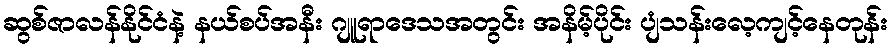
ဆွစ်ဇာလန်နိုင်ငံနဲ့ နယ်စပ်အနီး ဂျူရာဒေသအတွင်း အနိမ့်ပိုင်း ပျံသန်းလေ့ကျင့်နေတုန်း